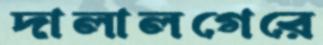
দালালগেরে